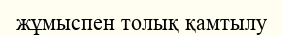
жұмыспен толық қамтылу